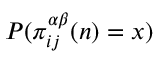
P ( \pi _ { i j } ^ { \alpha \beta } ( n ) = x )